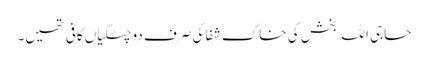
حاجی اللہ بخش کی خاک شفا کی صرف دو چٹکیاں کافی تھیں۔